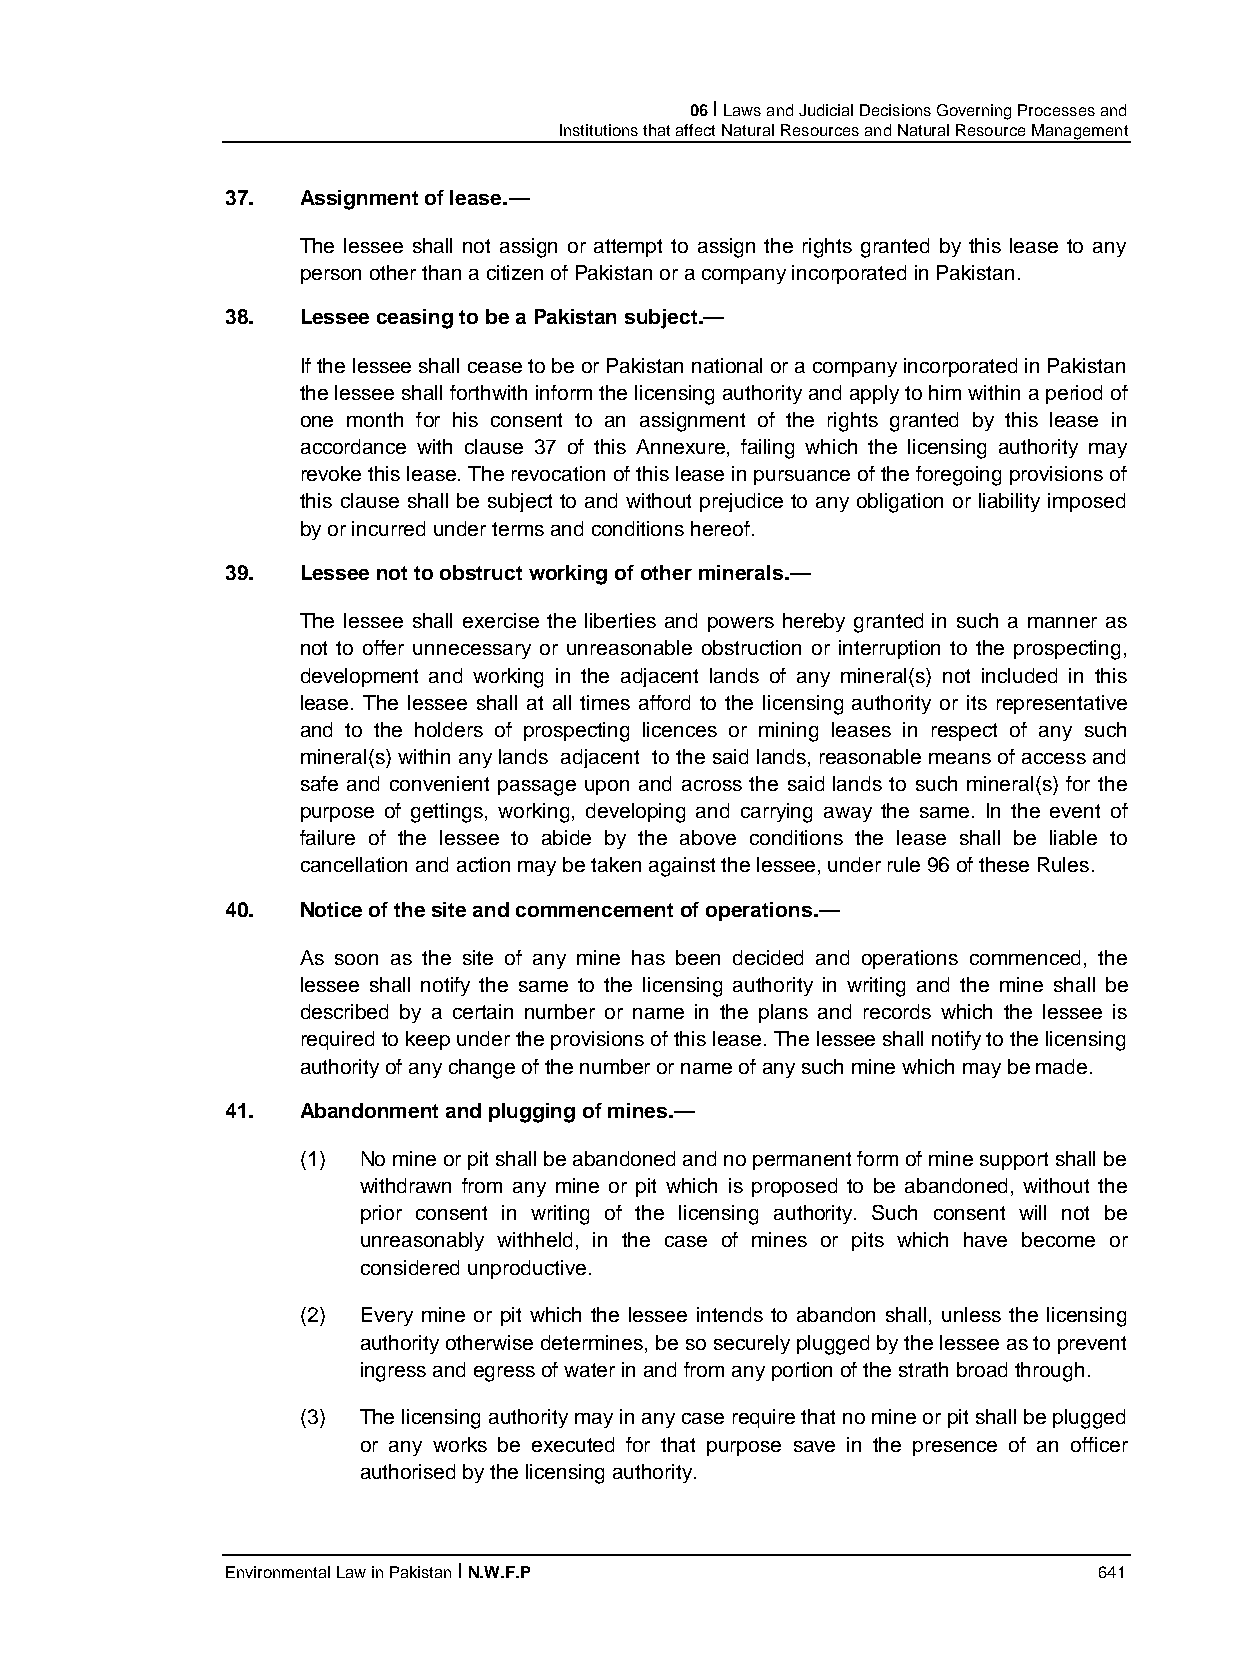
06 I Laws and Judicial Decisions Governing Processes and
 Institutions that affect Natural Resources and Natural Resource Management
 37.  Assignment of lease.—
 The lessee shall not assign or attempt to assign the rights granted by this lease to any
 person other than a citizen of Pakistan or a company incorporated in Pakistan.
 38.  Lessee ceasing to be a Pakistan subject.—
 If the lessee shall cease to be or Pakistan national or a company incorporated in Pakistan
 the lessee shall forthwith inform the licensing authority and apply to him within a period of
 one month for his consent to an assignment of the rights granted by this lease in
 accordance with clause 37 of this Annexure, failing which the licensing authority may
 revoke this lease. The revocation of this lease in pursuance of the foregoing provisions of
 this clause shall be subject to and without prejudice to any obligation or liability imposed
 by or incurred under terms and conditions hereof.
 39.  Lessee not to obstruct working of other minerals.—
 The lessee shall exercise the liberties and powers hereby granted in such a manner as
 not to offer unnecessary or unreasonable obstruction or interruption to the prospecting,
 development and working in the adjacent lands of any mineral(s) not included in this
 lease. The lessee shall at all times afford to the licensing authority or its representative
 and to the holders of prospecting licences or mining leases in respect of any such
 mineral(s) within any lands adjacent to the said lands, reasonable means of access and
 safe and convenient passage upon and across the said lands to such mineral(s) for the
 purpose of gettings, working, developing and carrying away the same. In the event of
 failure of the lessee to abide by the above conditions the lease shall be liable to
 cancellation and action may be taken against the lessee, under rule 96 of these Rules.
 40.  Notice of the site and commencement of operations.—
 As soon as the site of any mine has been decided and operations commenced, the
 lessee shall notify the same to the licensing authority in writing and the mine shall be
 described by a certain number or name in the plans and records which the lessee is
 required to keep under the provisions of this lease. The lessee shall notify to the licensing
 authority of any change of the number or name of any such mine which may be made.
 41.  Abandonment and plugging of mines.—
 (1) No mine or pit shall be abandoned and no permanent form of mine support shall be
 withdrawn from any mine or pit which is proposed to be abandoned, without the
 prior consent in writing of the licensing authority. Such consent will not be
 unreasonably withheld, in the case of mines or pits which have become or
 considered unproductive.
 (2) Every mine or pit which the lessee intends to abandon shall, unless the licensing
 authority otherwise determines, be so securely plugged by the lessee as to prevent
 ingress and egress of water in and from any portion of the strath broad through.
 (3) The licensing authority may in any case require that no mine or pit shall be plugged
 or any works be executed for that purpose save in the presence of an officer
 authorised by the licensing authority.
 Environmental Law in Pakistan I N.W.F.P                   641